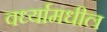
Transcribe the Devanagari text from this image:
वर्ध्यामधील